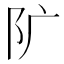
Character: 𨸘